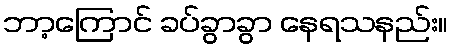
ဘာ့ကြောင် ခပ်ခွာခွာ နေရသနည်း။